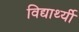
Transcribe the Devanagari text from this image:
विद्यार्थ्यी